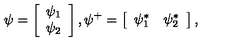
\psi = \left[ \begin{array} { c } { \psi _ { 1 } } \\ { \psi _ { 2 } } \\ \end{array} \right] , \psi ^ { + } = \left[ \begin{array} { c c } { \psi _ { 1 } ^ { * } } & { \psi _ { 2 } ^ { * } } \\ \end{array} \right] ,